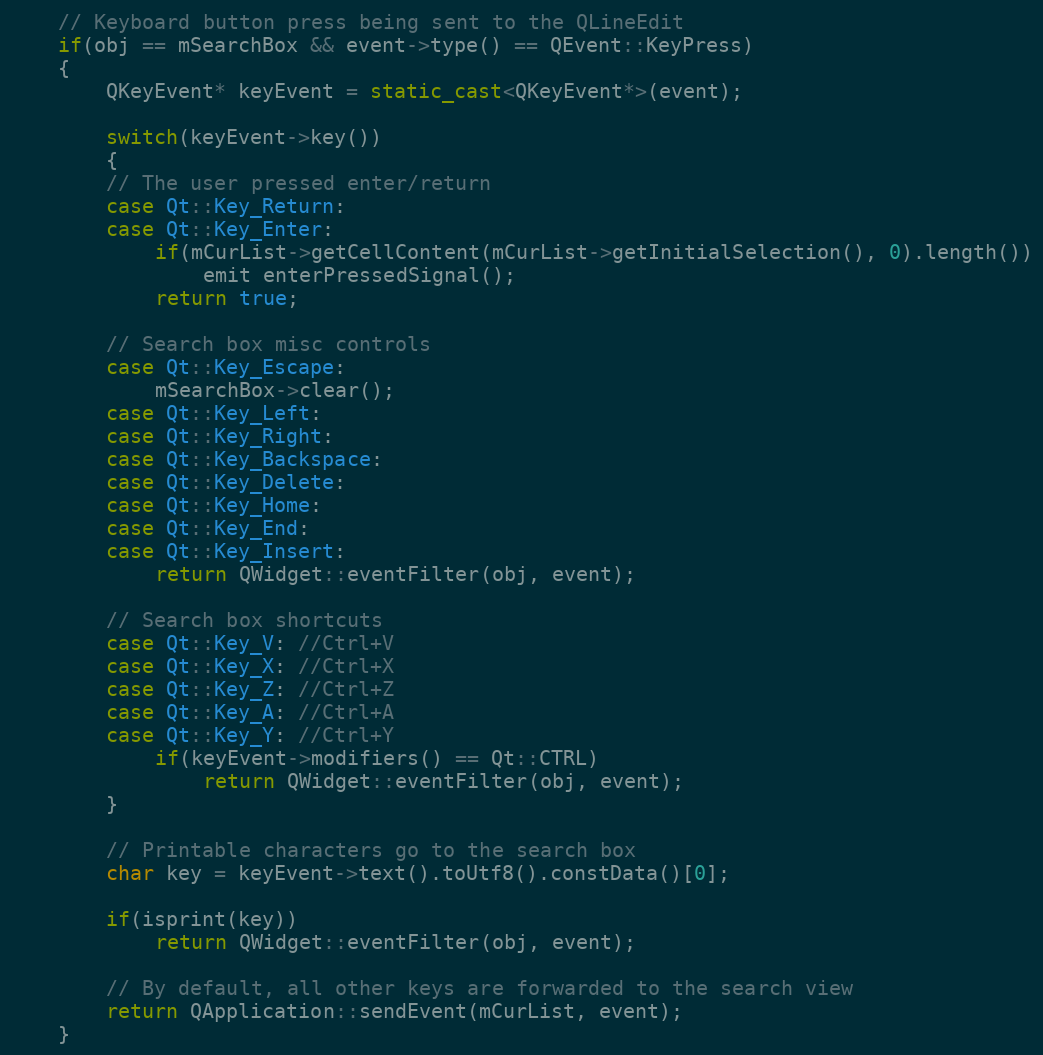
Language: C++
    // Keyboard button press being sent to the QLineEdit
    if(obj == mSearchBox && event->type() == QEvent::KeyPress)
    {
        QKeyEvent* keyEvent = static_cast<QKeyEvent*>(event);

        switch(keyEvent->key())
        {
        // The user pressed enter/return
        case Qt::Key_Return:
        case Qt::Key_Enter:
            if(mCurList->getCellContent(mCurList->getInitialSelection(), 0).length())
                emit enterPressedSignal();
            return true;

        // Search box misc controls
        case Qt::Key_Escape:
            mSearchBox->clear();
        case Qt::Key_Left:
        case Qt::Key_Right:
        case Qt::Key_Backspace:
        case Qt::Key_Delete:
        case Qt::Key_Home:
        case Qt::Key_End:
        case Qt::Key_Insert:
            return QWidget::eventFilter(obj, event);

        // Search box shortcuts
        case Qt::Key_V: //Ctrl+V
        case Qt::Key_X: //Ctrl+X
        case Qt::Key_Z: //Ctrl+Z
        case Qt::Key_A: //Ctrl+A
        case Qt::Key_Y: //Ctrl+Y
            if(keyEvent->modifiers() == Qt::CTRL)
                return QWidget::eventFilter(obj, event);
        }

        // Printable characters go to the search box
        char key = keyEvent->text().toUtf8().constData()[0];

        if(isprint(key))
            return QWidget::eventFilter(obj, event);

        // By default, all other keys are forwarded to the search view
        return QApplication::sendEvent(mCurList, event);
    }